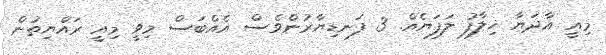
މިއީ އާދަޔާ ޚިލާފު ލަފަޔެއް. 3 ފަނޑިޔާރުންވެސް އެއްބަސް މިވީ މިއީ ރައްޔިތުން